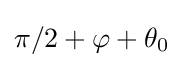
\pi /2+\varphi +\theta _{0}